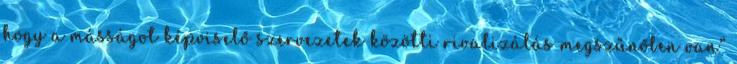
hogy a másságot képviselő szervezetek közötti rivalizálás megszűnőben van”